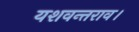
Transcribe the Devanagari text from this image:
यशवन्तराव।